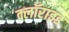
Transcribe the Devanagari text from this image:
क्लॉराइड